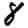
Digit: 8